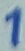
Text: 1